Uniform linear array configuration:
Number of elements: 32
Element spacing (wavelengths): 0.5
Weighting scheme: hann
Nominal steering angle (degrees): -30
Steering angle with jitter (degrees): -29.53
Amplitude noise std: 0.05
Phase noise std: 0.05

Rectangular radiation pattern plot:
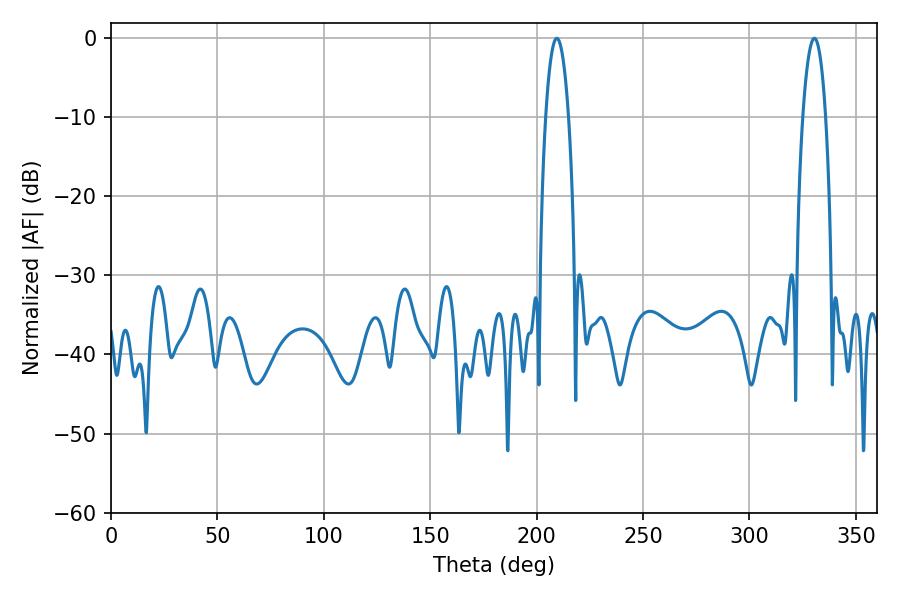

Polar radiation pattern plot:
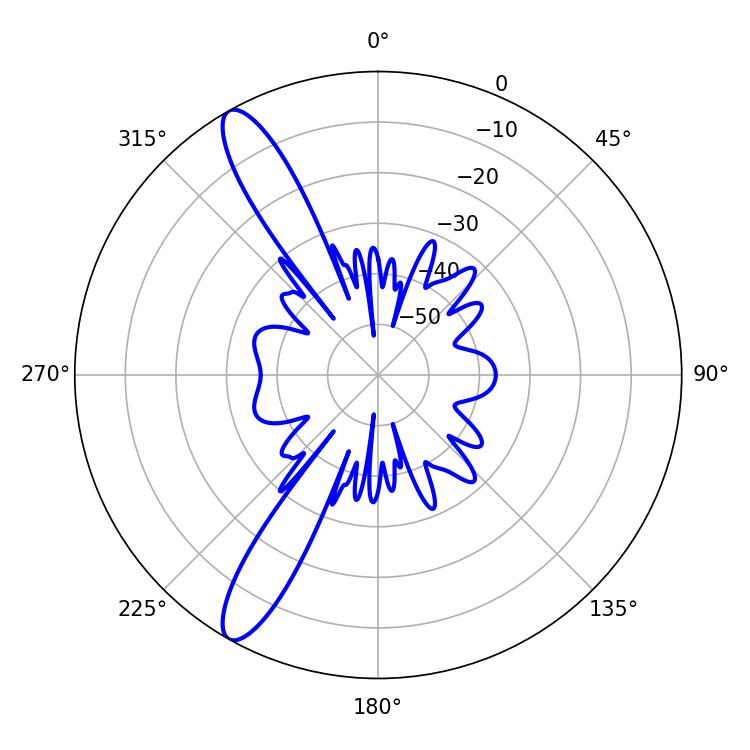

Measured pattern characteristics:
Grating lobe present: FALSE
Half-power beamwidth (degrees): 6.12
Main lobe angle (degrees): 209.52